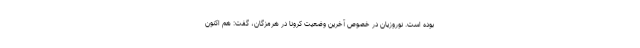
بوده است. نوروزیان در خصوص آخرین وضعیت کرونا در هرمزگان، گفت: هم اکنون